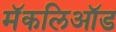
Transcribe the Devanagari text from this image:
मॅकलिऑड